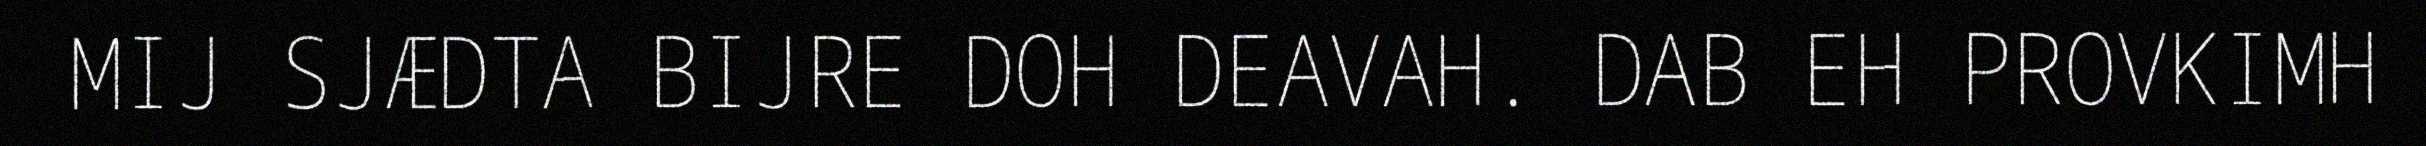
MIJ SJÆDTA BIJRE DOH DEAVAH. DAB EH PROVKIMH